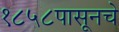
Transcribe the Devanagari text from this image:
१८५८पासूनचे